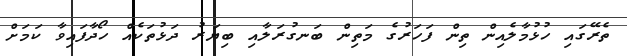
ތެރޭގައި ހުޅުމާލެއިން ތިން ފަހަރުގެ މަތިން ބަނގުރަލާއި ބިޔަރު ދަޅުތަކެއް ހޯދާފައިވާ ކަމަށް